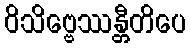
ဝိသိဗ္ဗေဿန္တီတိပေ